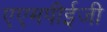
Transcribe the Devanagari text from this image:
एएमपीईजी